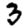
Digit: 3